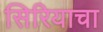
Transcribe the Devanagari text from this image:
सिरियाचा